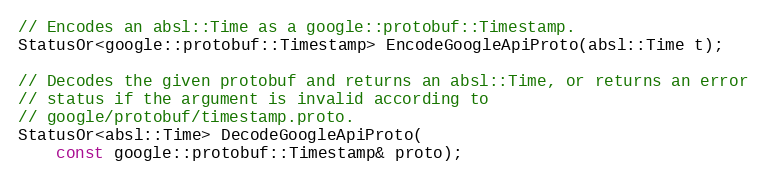
Language: C
// Encodes an absl::Time as a google::protobuf::Timestamp.
StatusOr<google::protobuf::Timestamp> EncodeGoogleApiProto(absl::Time t);

// Decodes the given protobuf and returns an absl::Time, or returns an error
// status if the argument is invalid according to
// google/protobuf/timestamp.proto.
StatusOr<absl::Time> DecodeGoogleApiProto(
    const google::protobuf::Timestamp& proto);